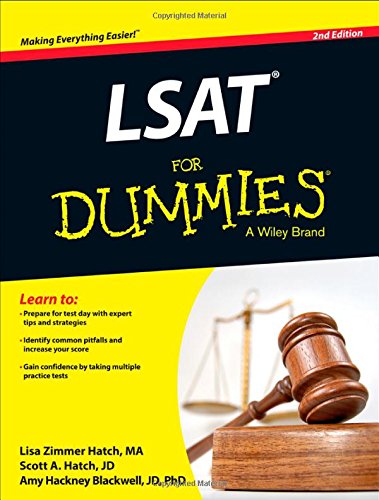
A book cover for LSAT For Dummies; Lisa Zimmer Hatch; Test Preparation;